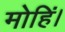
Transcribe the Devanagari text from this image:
मोहिं।